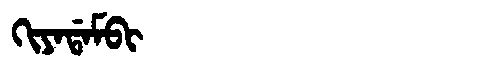
Manchu: ᡴᡳᠶᠠᡩᠠᠮᠪᡳ
Romanization: KIYADAMBI